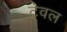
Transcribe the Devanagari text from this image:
टेवल